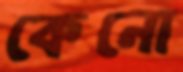
কেনো